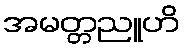
အမတ္တညူဟိ